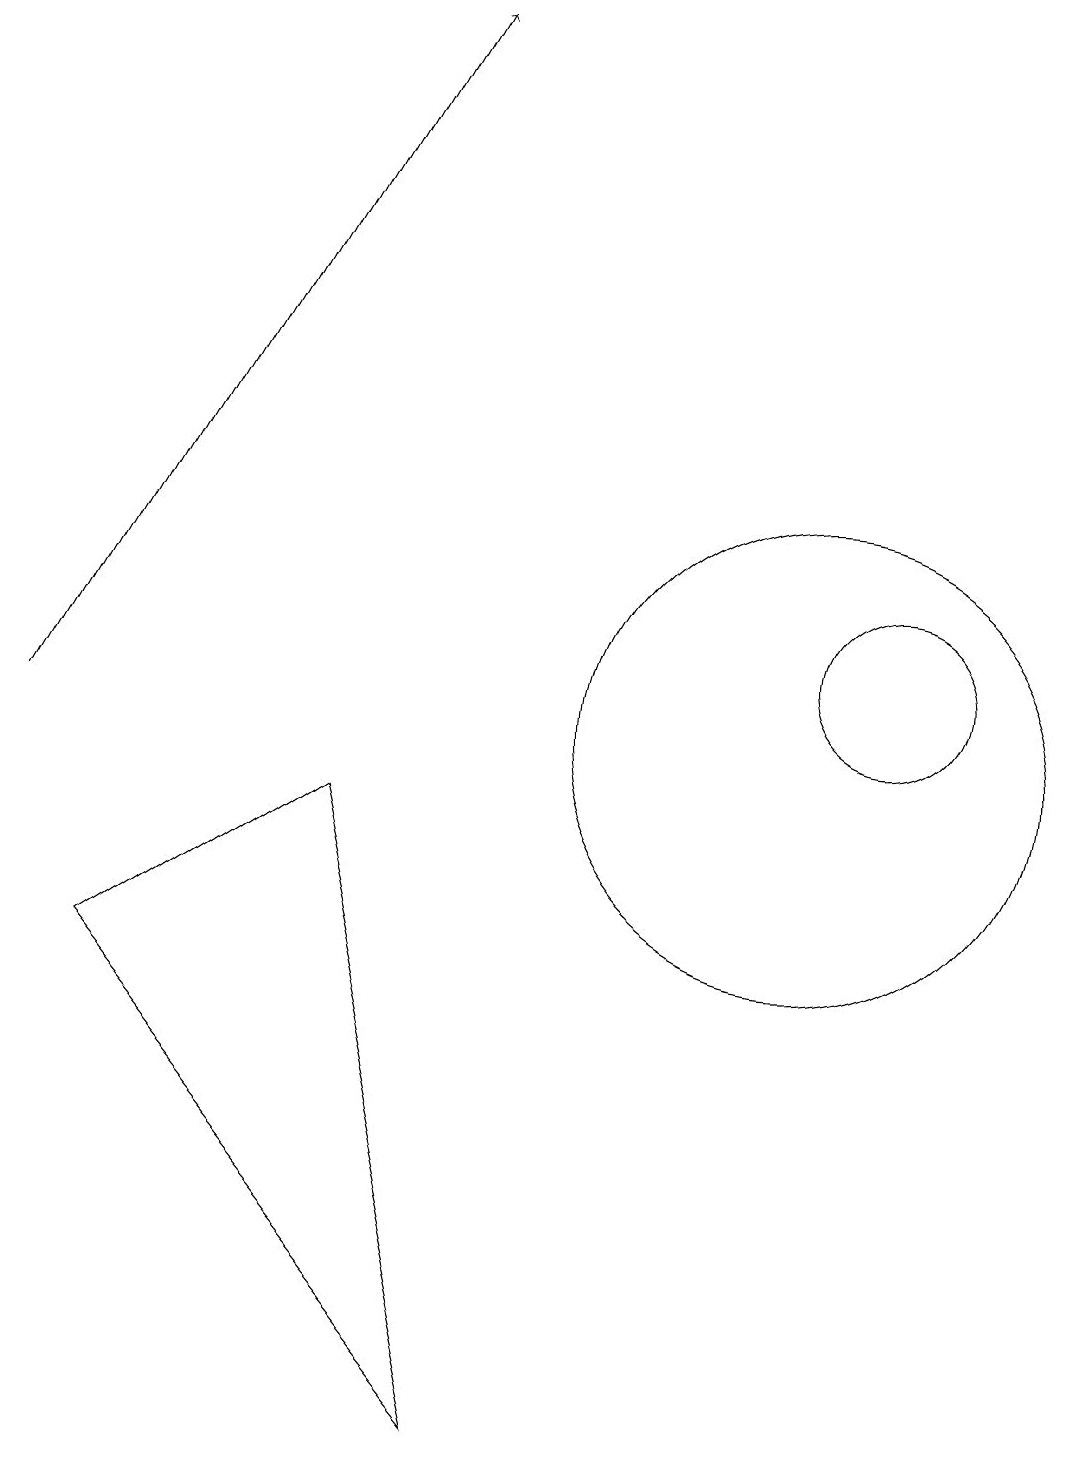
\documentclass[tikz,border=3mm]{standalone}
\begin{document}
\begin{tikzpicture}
\draw[->] (1,10) -- (6,19);
\draw (12,11) circle (1);
\draw (11,10) circle (3);
\draw (7,1) -- (2,7) -- (5,9) -- cycle;
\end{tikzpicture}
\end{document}